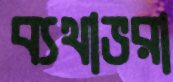
ব্যথাভরা